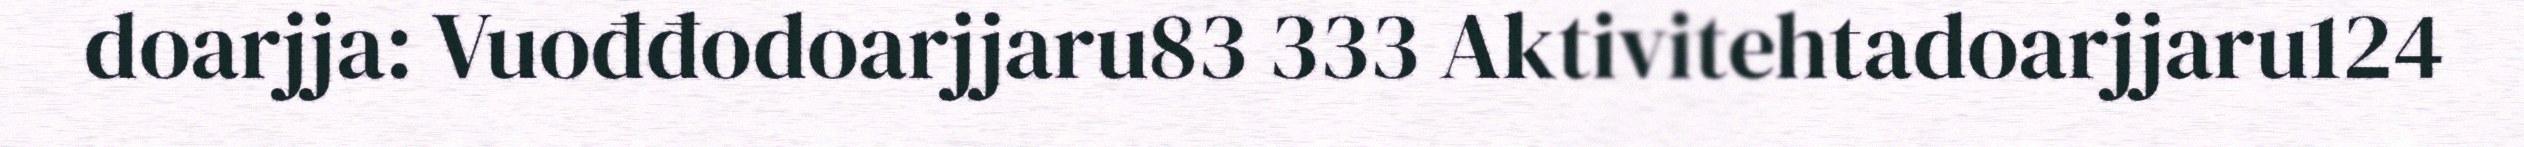
doarjja: Vuođđodoarjjaru83 333 Aktivitehtadoarjjaru124